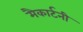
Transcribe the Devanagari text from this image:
मैकार्टनी